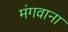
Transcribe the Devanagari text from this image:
मंगवाना